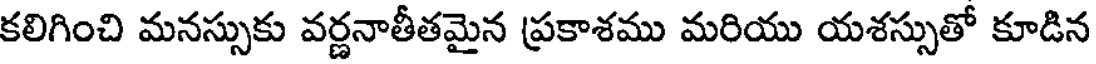
కలిగించి మనస్సుకు వర్ణనాతీతమైన ప్రకాశము మరియు యశస్సుతో కూడిన